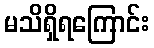
မသိရှိရကြောင်း